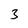
Character: 3